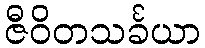
ဇီဝိတသင်္ခယာ